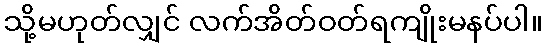
သို့မဟုတ်လျှင် လက်အိတ်ဝတ်ရကျိုးမနပ်ပါ။